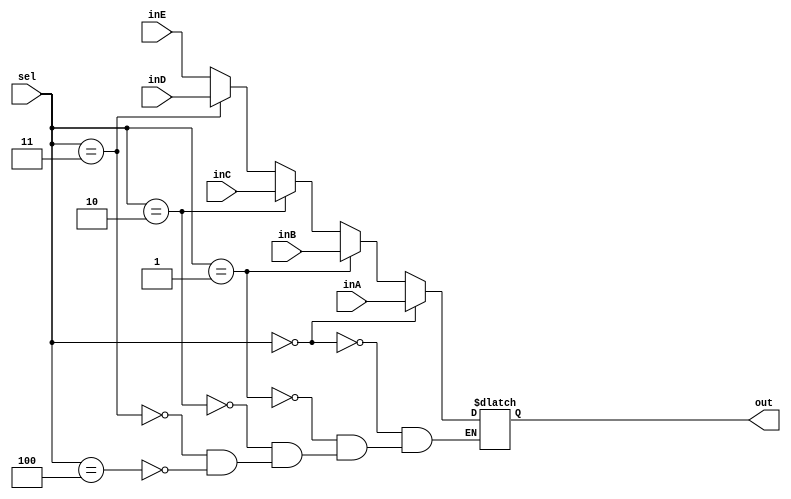
`timescale 1ns / 1ps
//////////////////////////////////////////////////////////////////////////////////
// Company: 
// Engineer: 
// 
// Design Name: 
// Module Name: Mux32Bit4To1
// Project Name: 
// Target Devices: 
// Tool Versions: 
// Description: 
// 
// Dependencies: 
// 
// Revision:
// Revision 0.01 - File Created
// Additional Comments:
// 
//////////////////////////////////////////////////////////////////////////////////


module Mux32Bit4To1(out, inA, inB, inC, inD, inE, sel);
input [31:0] inA, inB, inC, inD, inE;
input [2:0] sel;
output reg [31:0] out;

always @(inA, inB, inC, inD, inE, sel) begin
    if(sel == 2'b00) begin
        out <= inA;
        end
    else if(sel == 2'b01) begin
        out <= inB;
        end
    else if(sel == 2'b10) begin
        out <= inC;
        end
    else if(sel == 2'b11) begin
        out <= inD;
        end
    else if (sel == 3'b100) begin
        out <= inE;
        end

end
endmodule